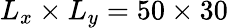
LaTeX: L_{x}\times L_{y}=50\times 30